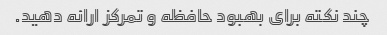
چند نکته برای بهبود حافظه و تمرکز ارائه دهید.